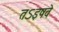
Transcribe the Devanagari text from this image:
तऽइषवे